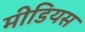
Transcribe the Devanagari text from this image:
मीडियस